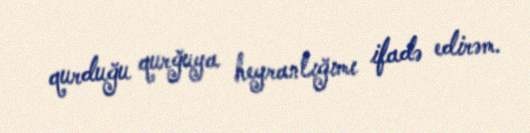
qurduğu qurğuya heyranlığımı ifadə edirəm.